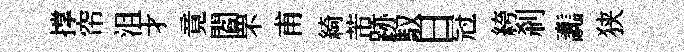
撑帘沮才竟閻罘甫綺芾跡馭日冠絝刹讟狭